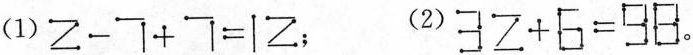
(1)$$2-7+7=12$$； (2)$$32+6=98$$。